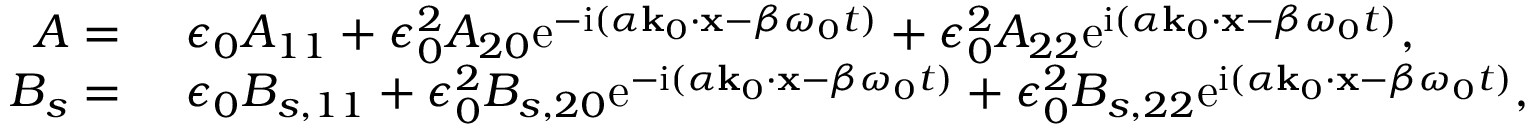
\begin{array} { r l } { A = ~ } & { \epsilon _ { 0 } A _ { 1 1 } + \epsilon _ { 0 } ^ { 2 } A _ { 2 0 } \mathrm { e } ^ { - \mathrm { i } ( \alpha \mathbf { k } _ { 0 } \cdot \mathbf { x } - \beta \omega _ { 0 } t ) } + \epsilon _ { 0 } ^ { 2 } A _ { 2 2 } \mathrm { e } ^ { \mathrm { i } ( \alpha \mathbf { k } _ { 0 } \cdot \mathbf { x } - \beta \omega _ { 0 } t ) } , } \\ { B _ { s } = ~ } & { \epsilon _ { 0 } B _ { s , 1 1 } + \epsilon _ { 0 } ^ { 2 } B _ { s , 2 0 } \mathrm { e } ^ { - \mathrm { i } ( \alpha \mathbf { k } _ { 0 } \cdot \mathbf { x } - \beta \omega _ { 0 } t ) } + \epsilon _ { 0 } ^ { 2 } B _ { s , 2 2 } \mathrm { e } ^ { \mathrm { i } ( \alpha \mathbf { k } _ { 0 } \cdot \mathbf { x } - \beta \omega _ { 0 } t ) } , } \end{array}